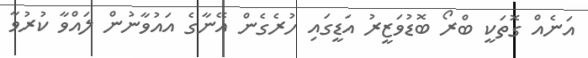
އަނެއް ގޮތަކީ ބްރޯ ބޮޑުވަޒީރު އަޑީގައި ހުރެގެން އޭނާގެ އައުވާނުން ލައްވާ ކުރުވާ